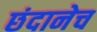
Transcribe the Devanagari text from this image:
छंदानेच